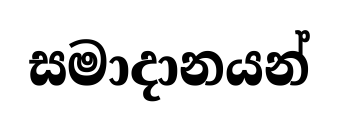
සමාදානයන්